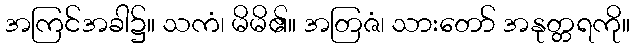
အကြင်အခါ၌။ သကံ၊ မိမိ၏။ အတြဇံ၊ သားတော် အနုတ္တရကို။